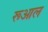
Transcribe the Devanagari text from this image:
रूआल